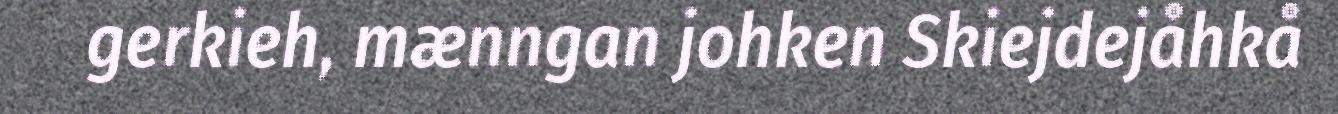
gerkieh, mænngan johken Skiejdejåhkå